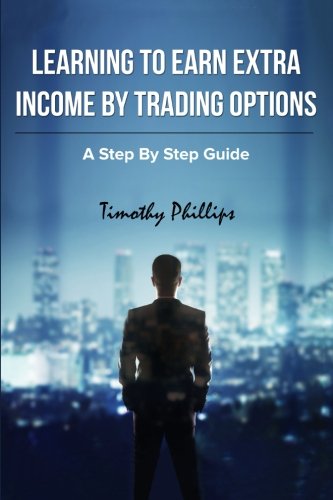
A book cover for Learning To Earn Extra Incom By Trading Options: A Step By Step Guide; Mr. Timothy Darrel/Dl Phillips; Business & Money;